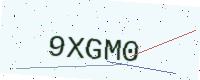
Text: 9XGM0